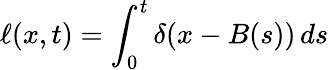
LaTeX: \ell(x,t)=\int_{0}^{t}\delta(x-B(s))\, ds